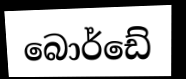
බොර්ඩේ